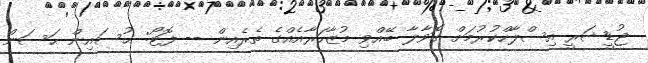
ޖުޑީޝަރީ އިސްލާހްކުރުމަށް ގޮވާލާ ބޭއްވި މުޒާހަރާއެއްގެ ތެރެއިން -- ފޮޓޯ: ޙުސައިން ޙަސަން